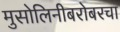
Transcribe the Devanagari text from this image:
मुसोलिनीबरोबरचा